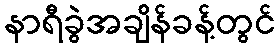
နာရီခွဲအချိန်ခန့်တွင်